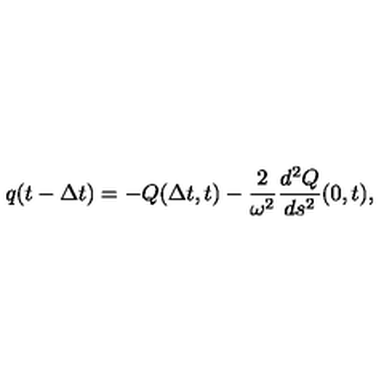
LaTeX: q ( t - { \Delta t } ) = - Q ( { \Delta t } , t ) - { \frac { 2 } { \omega ^ { 2 } } } { \frac { d ^ { 2 } Q } { d s ^ { 2 } } } ( 0 , t ) ,